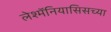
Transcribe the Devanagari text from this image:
लेश्मॅनियासिसच्या